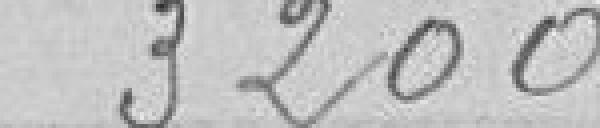
3200